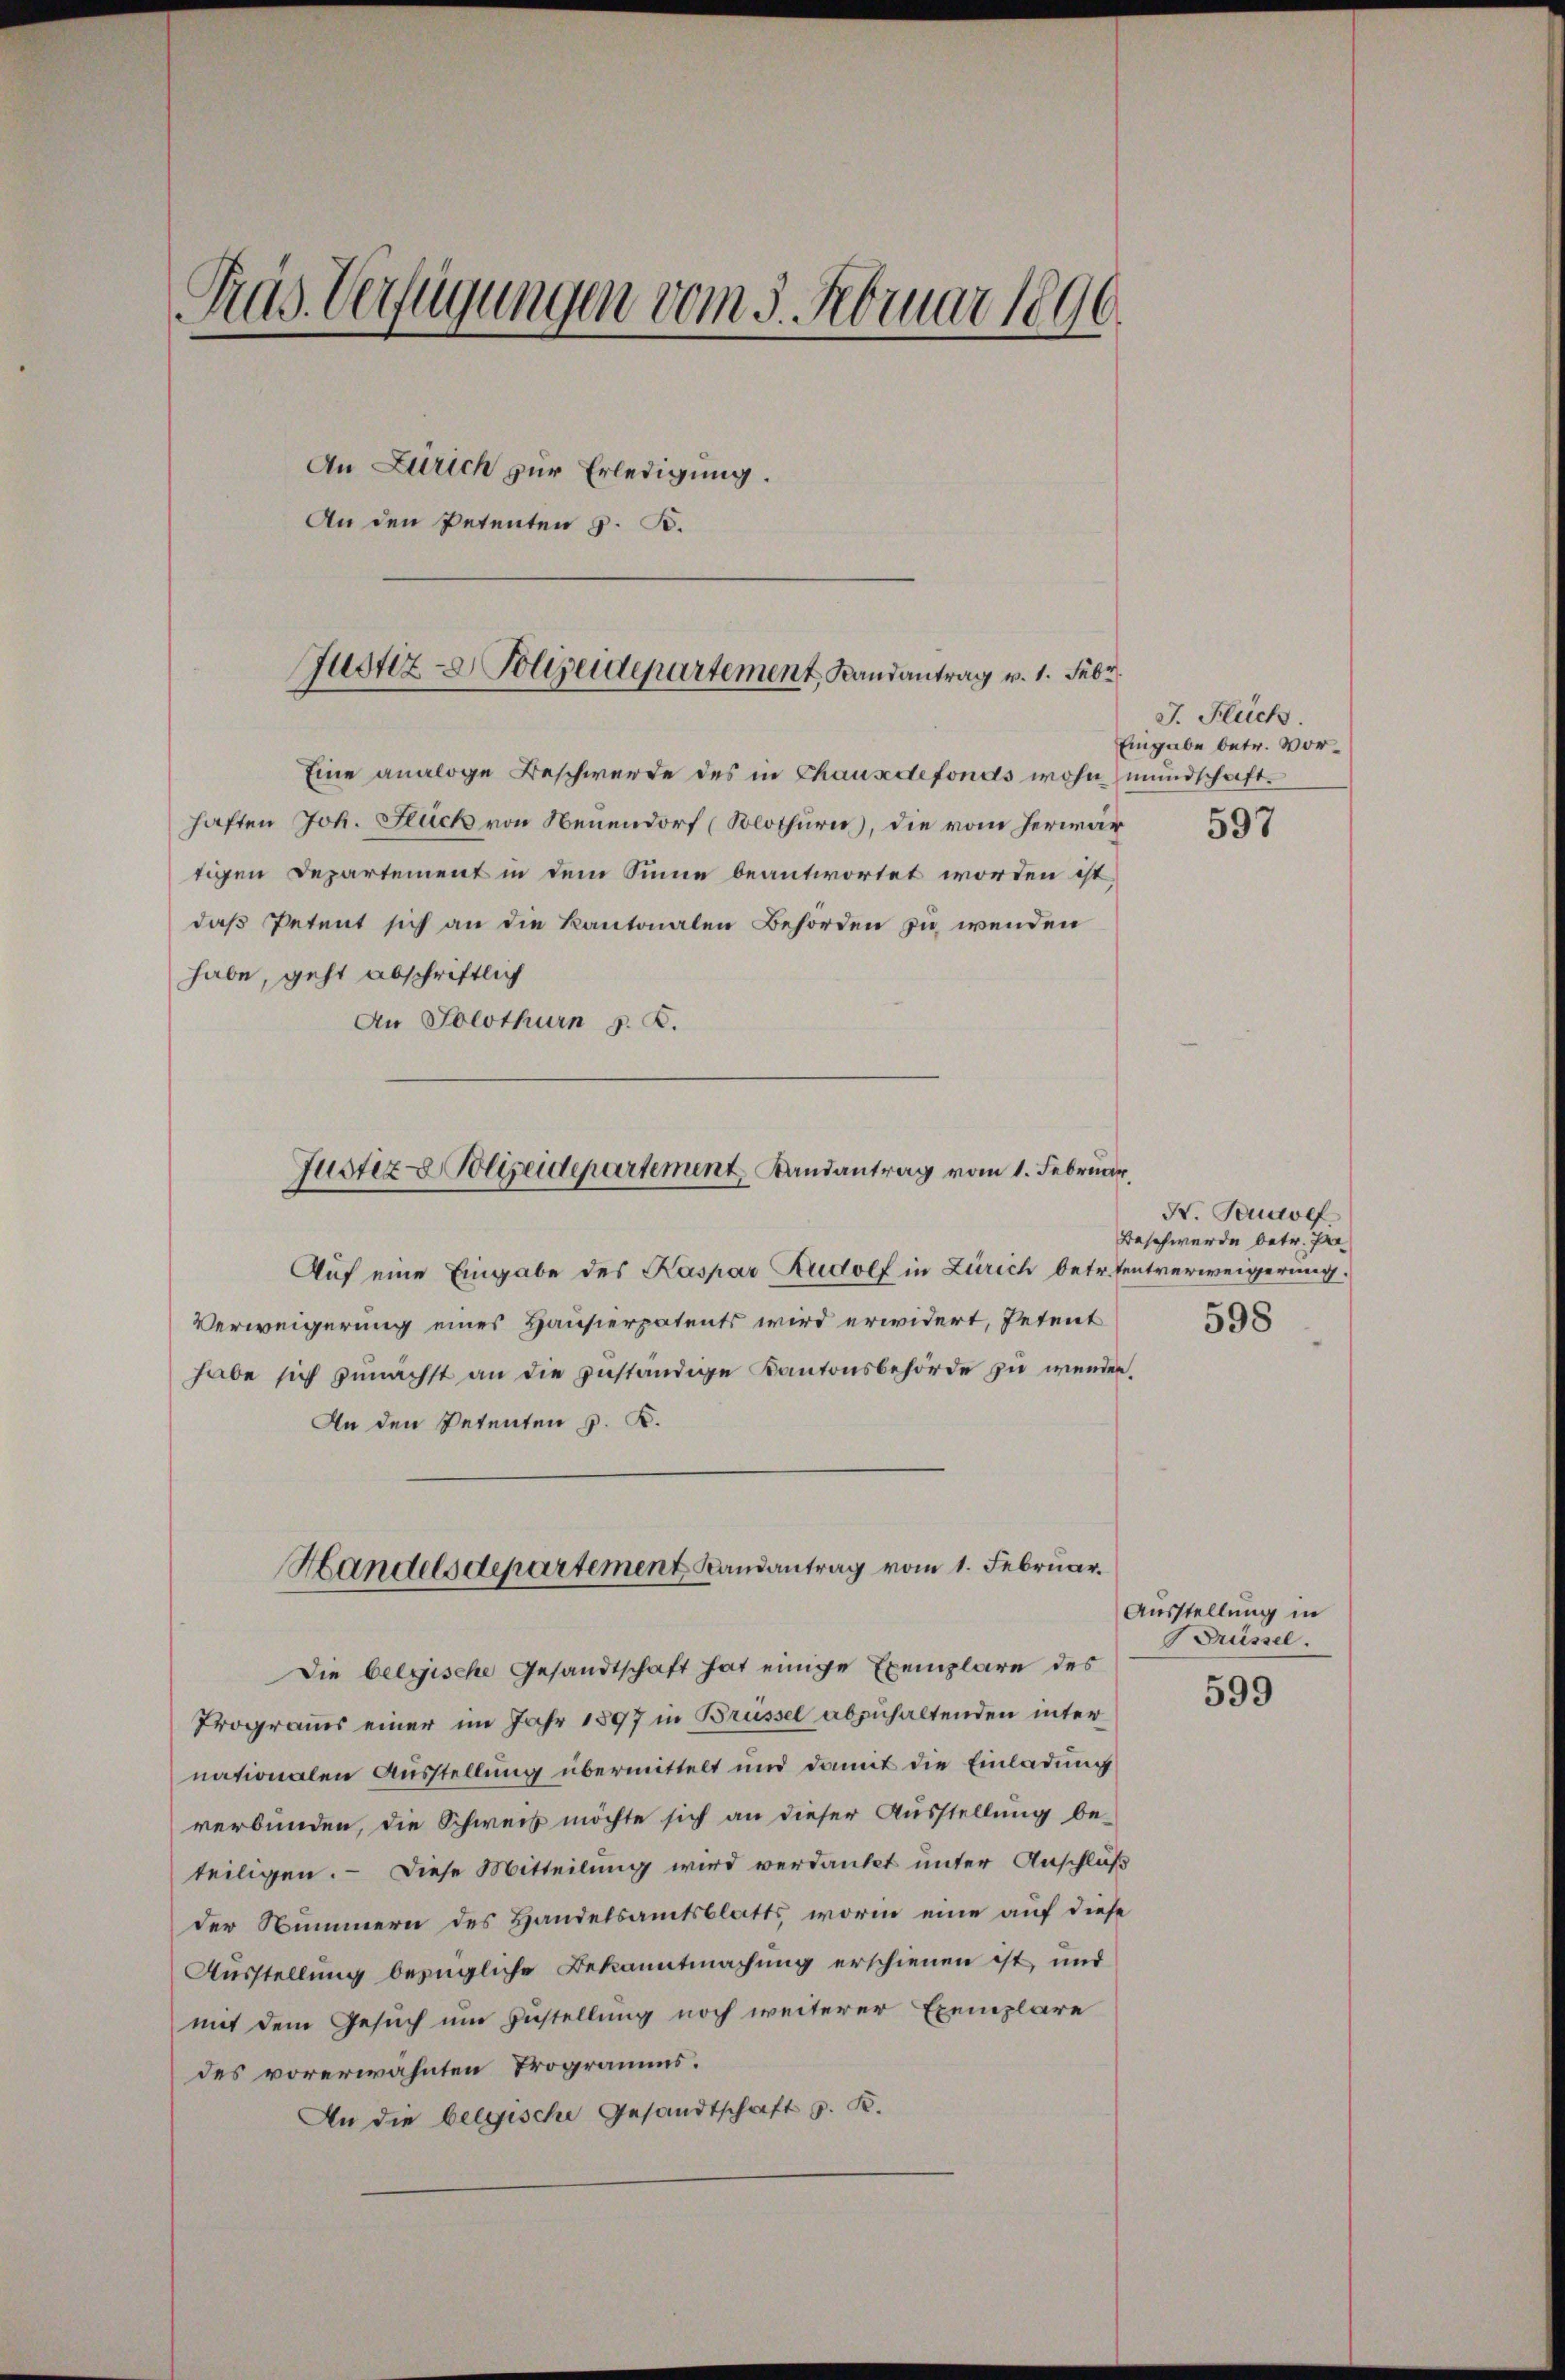
Tras. Verfügungen vom 5. Februar 1890.
An Zürich zur Erledigung.
An den Petenten z. B.

Justiz- & Polizeidepartement, Landantrag v. 1. Febr.

Eine analoge Beschwerde des in Chauxdefonds wohn mundschafthaften Joh. Stück von Neuendorf (Solothurn), die vom herwartigen Departement in dem Sinne beantwortet worden ist,
daß Petent sich an die kantonalen Behörden zu wenden
habe, geht abschriftlich
An Solothurn z. B.
Justiz & Polizeidepartement Randantrag vom 1. Februar,
Auf eine Eingabe des Kaspar Rudolf in Zürich betr. tentverweigerung.
Verweigerung eines Hausierpatents wird erwidert, Petent
habe sich zunächst an die zuständige Kantonsbehörde zu wender¬
An den Petenten z. B.

Handelsdepartement Landantrag vom 1. Februar.

Die belgische Gesandtschaft hat einige Exemplare des
Programs einer im Jahr 1897 in Brüssel abzuhaltenden inter
nationalen Ausstellung übermittelt und damit die Einladung
verbunden, die Schweiz möchte sich an dieser Ausstellung be-
teiligen. — Diese Mitteilung wird verdankt unter Anschluß
der Nummern des Handelsamtsblatts, worin eine auf diese
Ausstellung bezügliche Bekanntmachung erschienen ist, und
mit dem Gesuch um Zustellung noch weiterer Exemplare
des vorerwähnten Trogramms.
An die belgische Gesandtschaft z. K.

J. Flüch
Eingabe betr. Vor¬
597

N. Teudorf
Beschwerde betr. Pr
598

Ausstellung in
Drüssel.

599